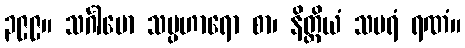
၃၉၉။ သင်္ဂါမော သမ္ပဟာရော စာ၊ နိတ္ထိယံ သမရံ ရဏံ။